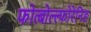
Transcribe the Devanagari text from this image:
फोत्बोल्ल्फोरेनिङ